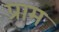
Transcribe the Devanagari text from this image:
प्राम